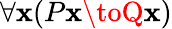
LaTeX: \forall{\mathbf{x}}(P{\mathbf{x}}\toQ{\mathbf{x}})